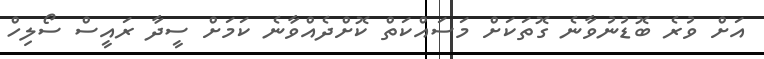
އަށް ވުރެ ބޮޑުނުވާނެ ގޮތަކަށް މަސައްކަތް ކޮށްދެއްވާނެ ކަމަށް ސީދާ ރައީސް ސޯލިހް